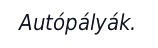
Autópályák.